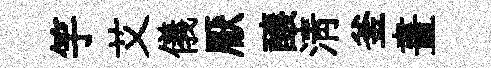
竽艾儀厭醸淸釜畫